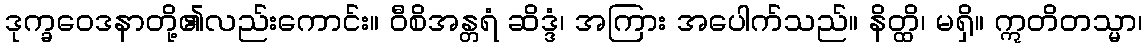
ဒုက္ခဝေဒနာတို့၏လည်းကောင်း။ ဝီစိအန္တရံ ဆိဒ္ဒံ၊ အကြား အပေါက်သည်။ နိတ္ထိ၊ မရှိ။ ဣတိတသ္မာ၊